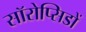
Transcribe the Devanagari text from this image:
सॉरोप्सिडों